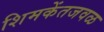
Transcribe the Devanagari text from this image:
शिमकेंतजवळ